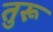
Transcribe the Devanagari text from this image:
तुरू